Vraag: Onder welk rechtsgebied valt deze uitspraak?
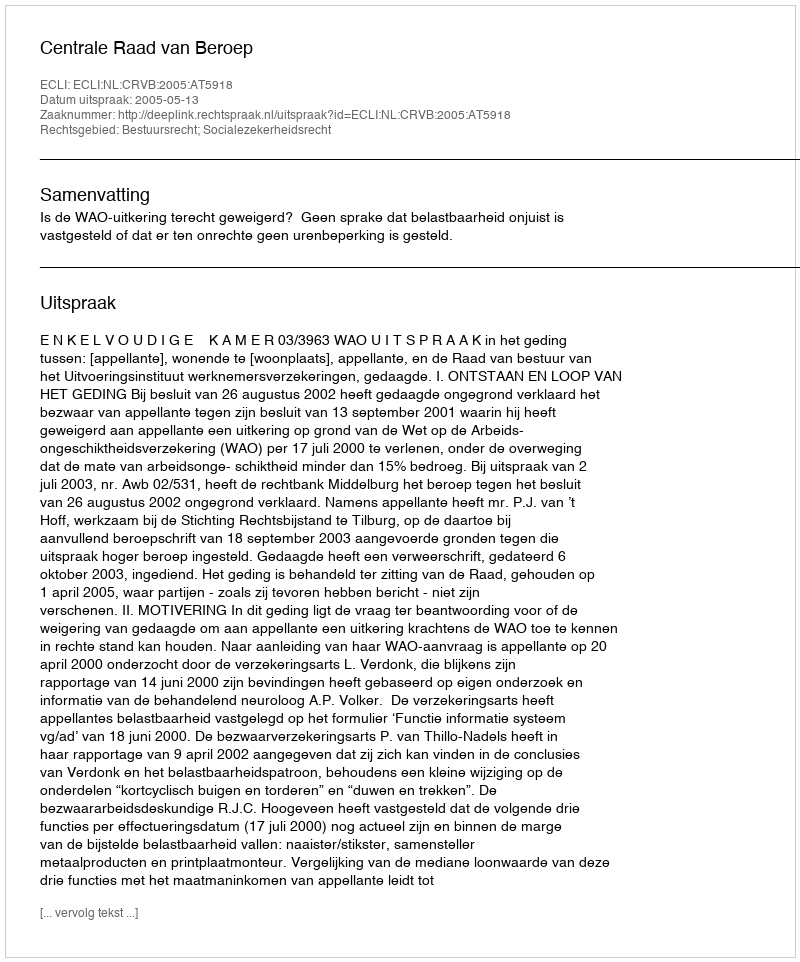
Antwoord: Bestuursrecht; Socialezekerheidsrecht